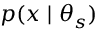
p ( x \mid \theta _ { s } )